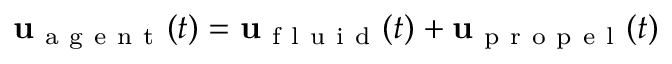
\mathbf { u } _ { \mathrm { ~ a ~ g ~ e ~ n ~ t ~ } } ( t ) = \mathbf { u } _ { \mathrm { ~ f ~ l ~ u ~ i ~ d ~ } } ( t ) + \mathbf { u } _ { \mathrm { ~ p ~ r ~ o ~ p ~ e ~ l ~ } } ( t )